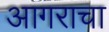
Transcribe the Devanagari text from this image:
आगराचा